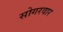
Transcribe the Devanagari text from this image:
सोगरवार